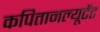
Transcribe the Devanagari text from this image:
कपितानल्यूटेंट